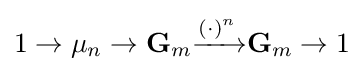
1\to \mu _{n}\to \mathbf {G} _{m}{\xrightarrow {(\cdot )^{n}}}\mathbf {G} _{m}\to 1